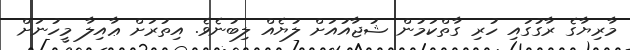
މާރިޔާގެ ރާގުގައި ހުރި ގާތްކަމުން ޝުޖާއުއަށް ލުޔެއް ލިބުނެވެ. އިތުރަށް ޢާއިލާ މީހުނަށް